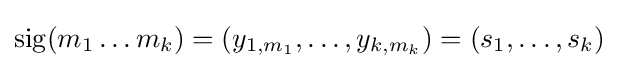
\operatorname {sig} (m_{1}\ldots m_{k})=(y_{1,m_{1}},\ldots ,y_{k,m_{k}})=(s_{1},\ldots ,s_{k})